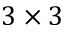
3 \times 3